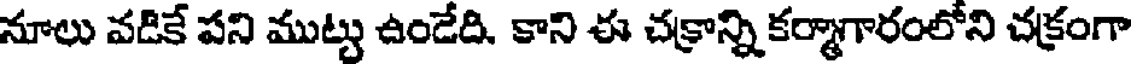
నూలు వడికే పని ముట్టు ఉండేది. కాని ఈ చక్రాన్ని కర్మాగారంలోని చక్రంగా